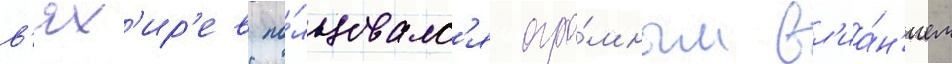
в'ях'ир'ев по́льзовалс'я огро́мным вл'иа́н'ием